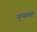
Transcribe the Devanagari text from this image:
नृत्यातही